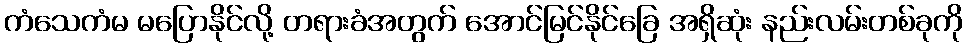
ကံသေကံမ မပြောနိုင်လို့ တရားခံအတွက် အောင်မြင်နိုင်ခြေ အရှိဆုံး နည်းလမ်းတစ်ခုကို